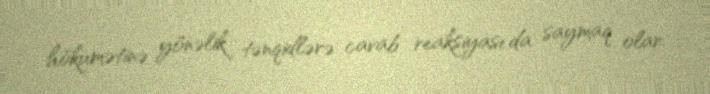
hökumətinə yönəlik tənqidlərə cavab reaksiyası da saymaq olar.